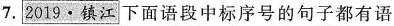
7. 2019·镇江 下面语段中标序号的句子都有语